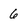
Character: 6